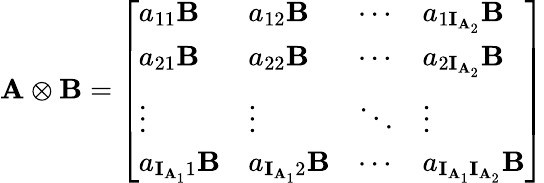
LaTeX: \mathbf{A}\otimes\mathbf{B}=\left[\begin{array}{llll}{a_{11}\mathbf{B}}&{a_{12}\mathbf{B}}&{\cdots}&{a_{1\mathbf{I}_{{\mathbf{A}}_{2}}}\mathbf{B}}\\ {a_{21}\mathbf{B}}&{a_{22}\mathbf{B}}&{\cdots}&{a_{2\mathbf{I}_{{\mathbf{A}}_{2}}}\mathbf{B}}\\ {\vdots}&{\vdots}&{\ddots}&{\vdots}\\ {a_{\mathbf{I}_{{\mathbf{A}}_{1}}1}\mathbf{B}}&{a_{\mathbf{I}_{{\mathbf{A}}_{1}}2}\mathbf{B}}&{\cdots}&{a_{\mathbf{I}_{{\mathbf{A}}_{1}}\mathbf{I}_{{\mathbf{A}}_{2}}}\mathbf{B}}\end{array}\right]